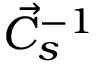
\vec { C } _ { s } ^ { - 1 }